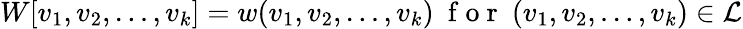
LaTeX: W[v_{1},v_{2},\ldots,v_{k}]=w(v_{1},v_{2},\ldots,v_{k})\ \mathrm{~f~o~r~}\ (v_{1},v_{2},\ldots,v_{k})\in\mathcal{L}